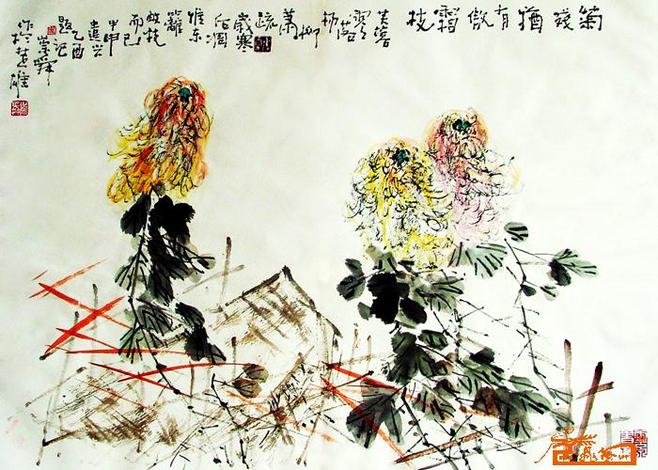
明岁秋风知再会，暂时分手莫相思。